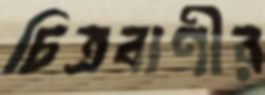
চিত্রবাণীর